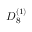
{ D } _ { 8 } ^ { ( 1 ) }